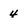
Character: 4